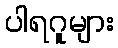
ပါရဂူများ